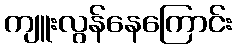
ကျူးလွန်နေကြောင်း